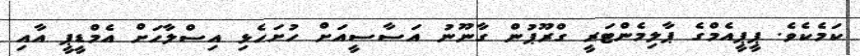
ކަމެކެވެ. ޕީޕީއެމްގެ ޕާލިމެންޓަރީ ގްރޫޕުން ގާނޫނު އަސާސީއަށް ހުށަހެޅި އިސްލާހަށް އެމްޑީޕީ އާއި